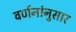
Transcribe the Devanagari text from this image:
वर्णनांनुसार